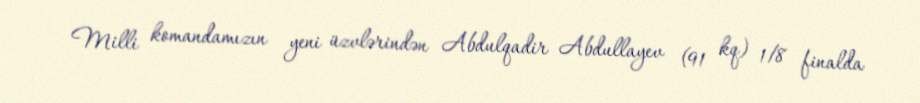
Milli komandamızın yeni üzvlərindən Abdulqadir Abdullayev (91 kq) 1/8 finalda